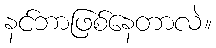
နင်ဘာဖြစ်နေတာလဲ။